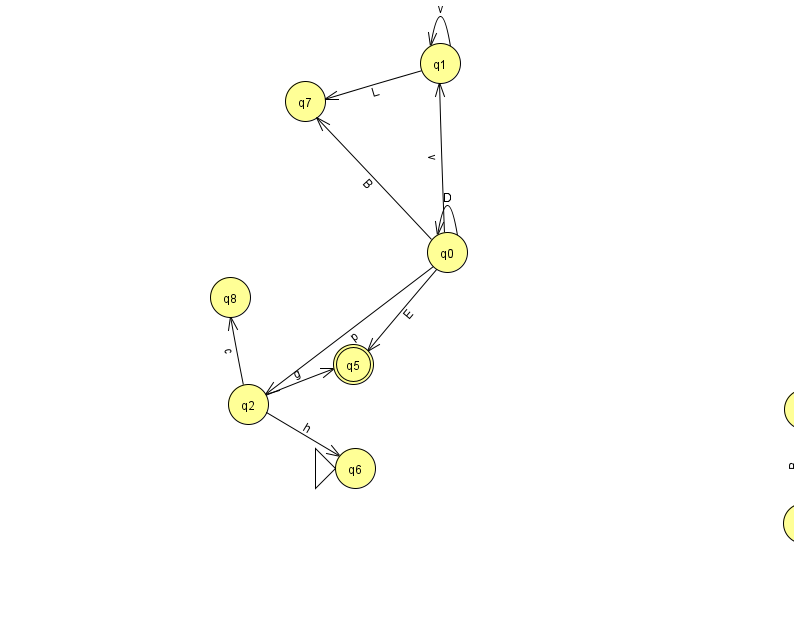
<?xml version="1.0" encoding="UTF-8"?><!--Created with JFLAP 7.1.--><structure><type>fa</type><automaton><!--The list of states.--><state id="0" name="q0"><x>447.0</x><y>239.0</y></state><state id="1" name="q1"><x>440.0</x><y>50.0</y></state><state id="2" name="q2"><x>248.0</x><y>391.0</y></state><state id="3" name="q3"><x>803.0</x><y>510.0</y></state><state id="4" name="q4"><x>804.0</x><y>396.0</y></state><state id="5" name="q5"><x>353.0</x><y>351.0</y><final/></state><state id="6" name="q6"><x>355.0</x><y>455.0</y><initial/></state><state id="7" name="q7"><x>305.0</x><y>88.0</y></state><state id="8" name="q8"><x>230.0</x><y>284.0</y></state><!--The list of transitions.--><transition><from>0</from><to>7</to><read>B</read></transition><transition><from>0</from><to>0</to><read>D</read></transition><transition><from>1</from><to>1</to><read>v</read></transition><transition><from>1</from><to>7</to><read>L</read></transition><transition><from>2</from><to>5</to><read>g</read></transition><transition><from>2</from><to>6</to><read>h</read></transition><transition><from>3</from><to>4</to><read>B</read></transition><transition><from>2</from><to>8</to><read>c</read></transition><transition><from>0</from><to>2</to><read>p</read></transition><transition><from>0</from><to>1</to><read>v</read></transition><transition><from>0</from><to>5</to><read>E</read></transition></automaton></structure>